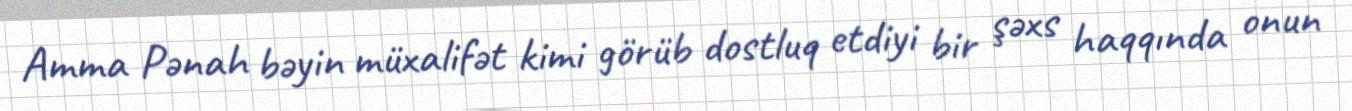
Amma Pənah bəyin müxalifət kimi görüb dostluq etdiyi bir şəxs haqqında onun